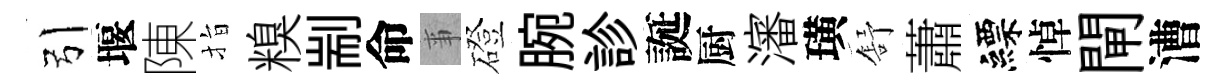
引堰陳指糗剬命亊磴腕診誕厨瀋璜舒蕭縹悼閘漕